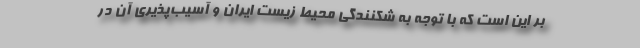
بر این است که با توجه به شکنندگی محیط زیست ایران و آسیب‌پذیری آن در